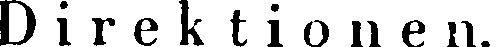
Direktionen.